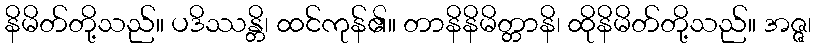
နိမိတ်တို့သည်။ ပဒိဿန္တိ၊ ထင်ကုန်၏။ တာနိနိမိတ္တာနိ၊ ထိုနိမိတ်တို့သည်။ အဇ္ဇ၊